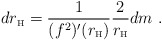
\begin{align*}dr_{\mbox{\tiny H}} = \frac{1}{(f^2)'(r_{\mbox{\tiny H}})} \frac{2}{r_{\mbox{\tiny H}}} dm \ .\end{align*}